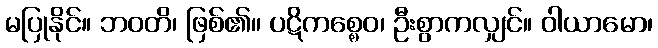
မပြုနိုင်။ ဘဝတိ၊ ဖြစ်၏။ ပဋိကစ္စေဝ၊ ဦးစွာကလျှင်။ ဝါယာမော၊